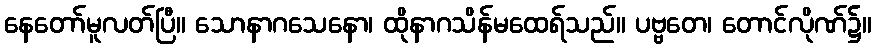
နေတော်မူလတ်ပြီ။ သောနာဂသေနော၊ ထိုနာဂသိန်မထေရ်သည်။ ပဗ္ဗတေ၊ တောင်လိုဏ်၌။